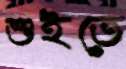
শুইতে